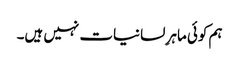
ہم کوئی ماہرِ لسانیات نہیں ہیں۔